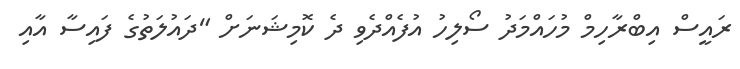
ރައީސް އިބްރާހިމް މުހައްމަދު ސޯލިހު އުފެއްދެވި ދެ ކޮމިޝަނަށް "ދައުލަތުގެ ފައިސާ އާއި